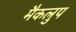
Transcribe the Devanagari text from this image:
मैकलुप